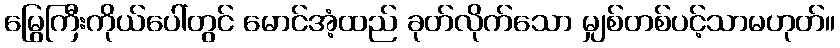
မြွေကြီးကိုယ်ပေါ်တွင် မောင်အံ့ထည် ခုတ်လိုက်သော မျှစ်တစ်ပင့်သာမဟုတ်။